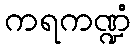
ကရကဏ္ဍံ